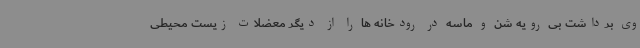
وی برداشت بی رویه شن و ماسه در رودخانه ها را از دیگر معضلات زیست محیطی